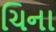
ચિના